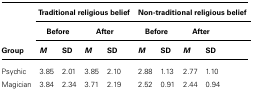
|  | <COLSPAN=4> Traditional religious belief | <COLSPAN=4> Non-traditional religious belief |
 |  | <COLSPAN=2> Before | <COLSPAN=2> After | <COLSPAN=2> Before | <COLSPAN=2> After |
 | Group | M | SD | M | SD | M | SD | M | SD |
 | --- | --- | --- | --- | --- | --- | --- | --- | --- |
 | Psychic | 3.85 | 2.01 | 3.85 | 2.10 | 2.88 | 1.13 | 2.77 | 1.10 |
 | Magician | 3.84 | 2.34 | 3.71 | 2.19 | 2.52 | 0.91 | 2.44 | 0.94 |